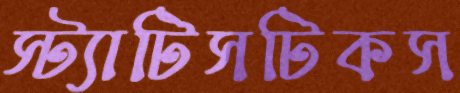
স্ট্যাটিসটিকস